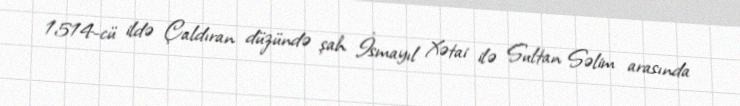
1514-cü ildə Çaldıran düzündə şah İsmayıl Xətai ilə Sultan Səlim arasında